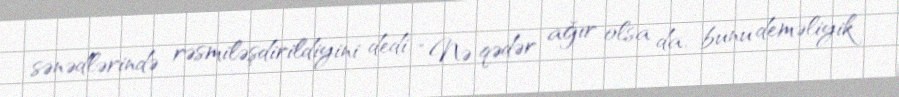
sənədlərində rəsmiləşdirildiyini dedi: “Nə qədər ağır olsa da, bunu deməliyik.